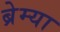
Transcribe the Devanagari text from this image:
ब्रेम्या